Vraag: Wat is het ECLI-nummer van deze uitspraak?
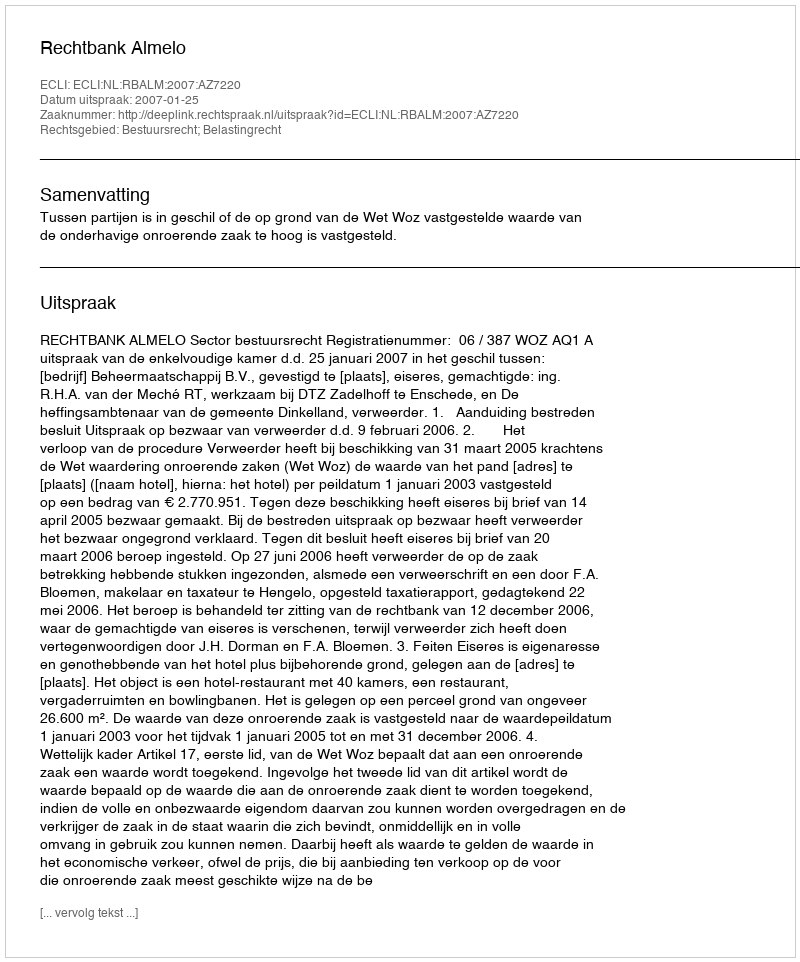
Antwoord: ECLI:NL:RBALM:2007:AZ7220